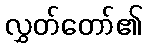
လွှတ်တော်၏